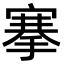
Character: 搴